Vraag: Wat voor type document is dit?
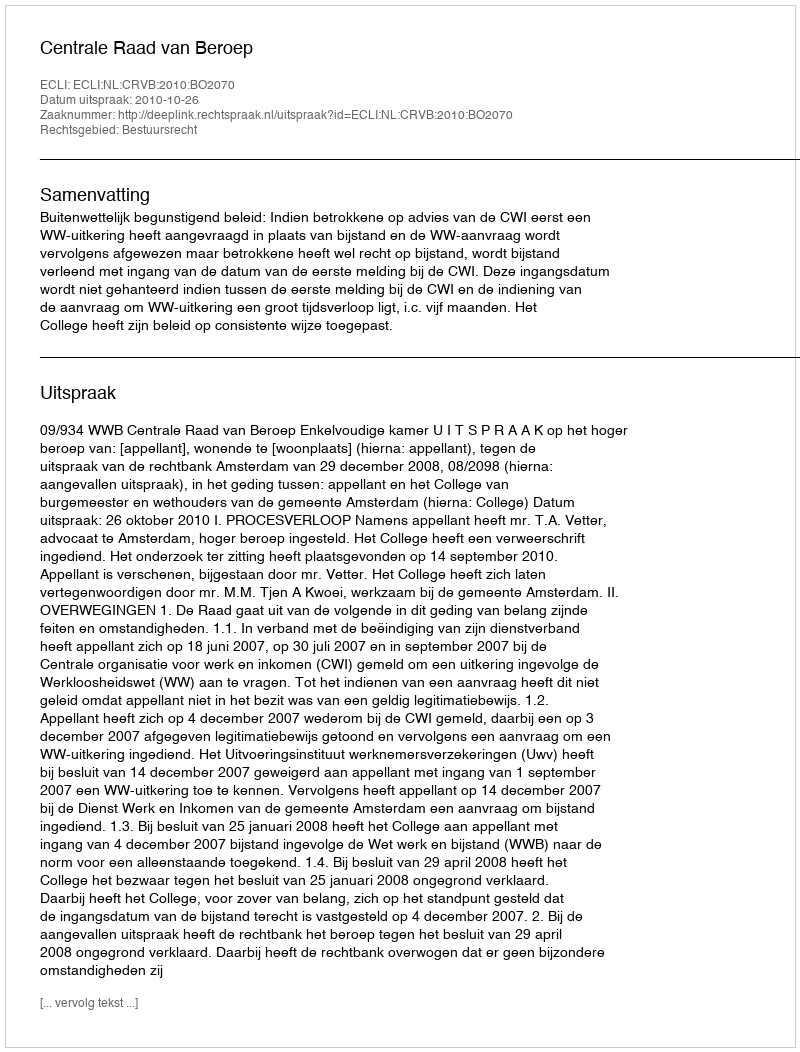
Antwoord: Uitspraak